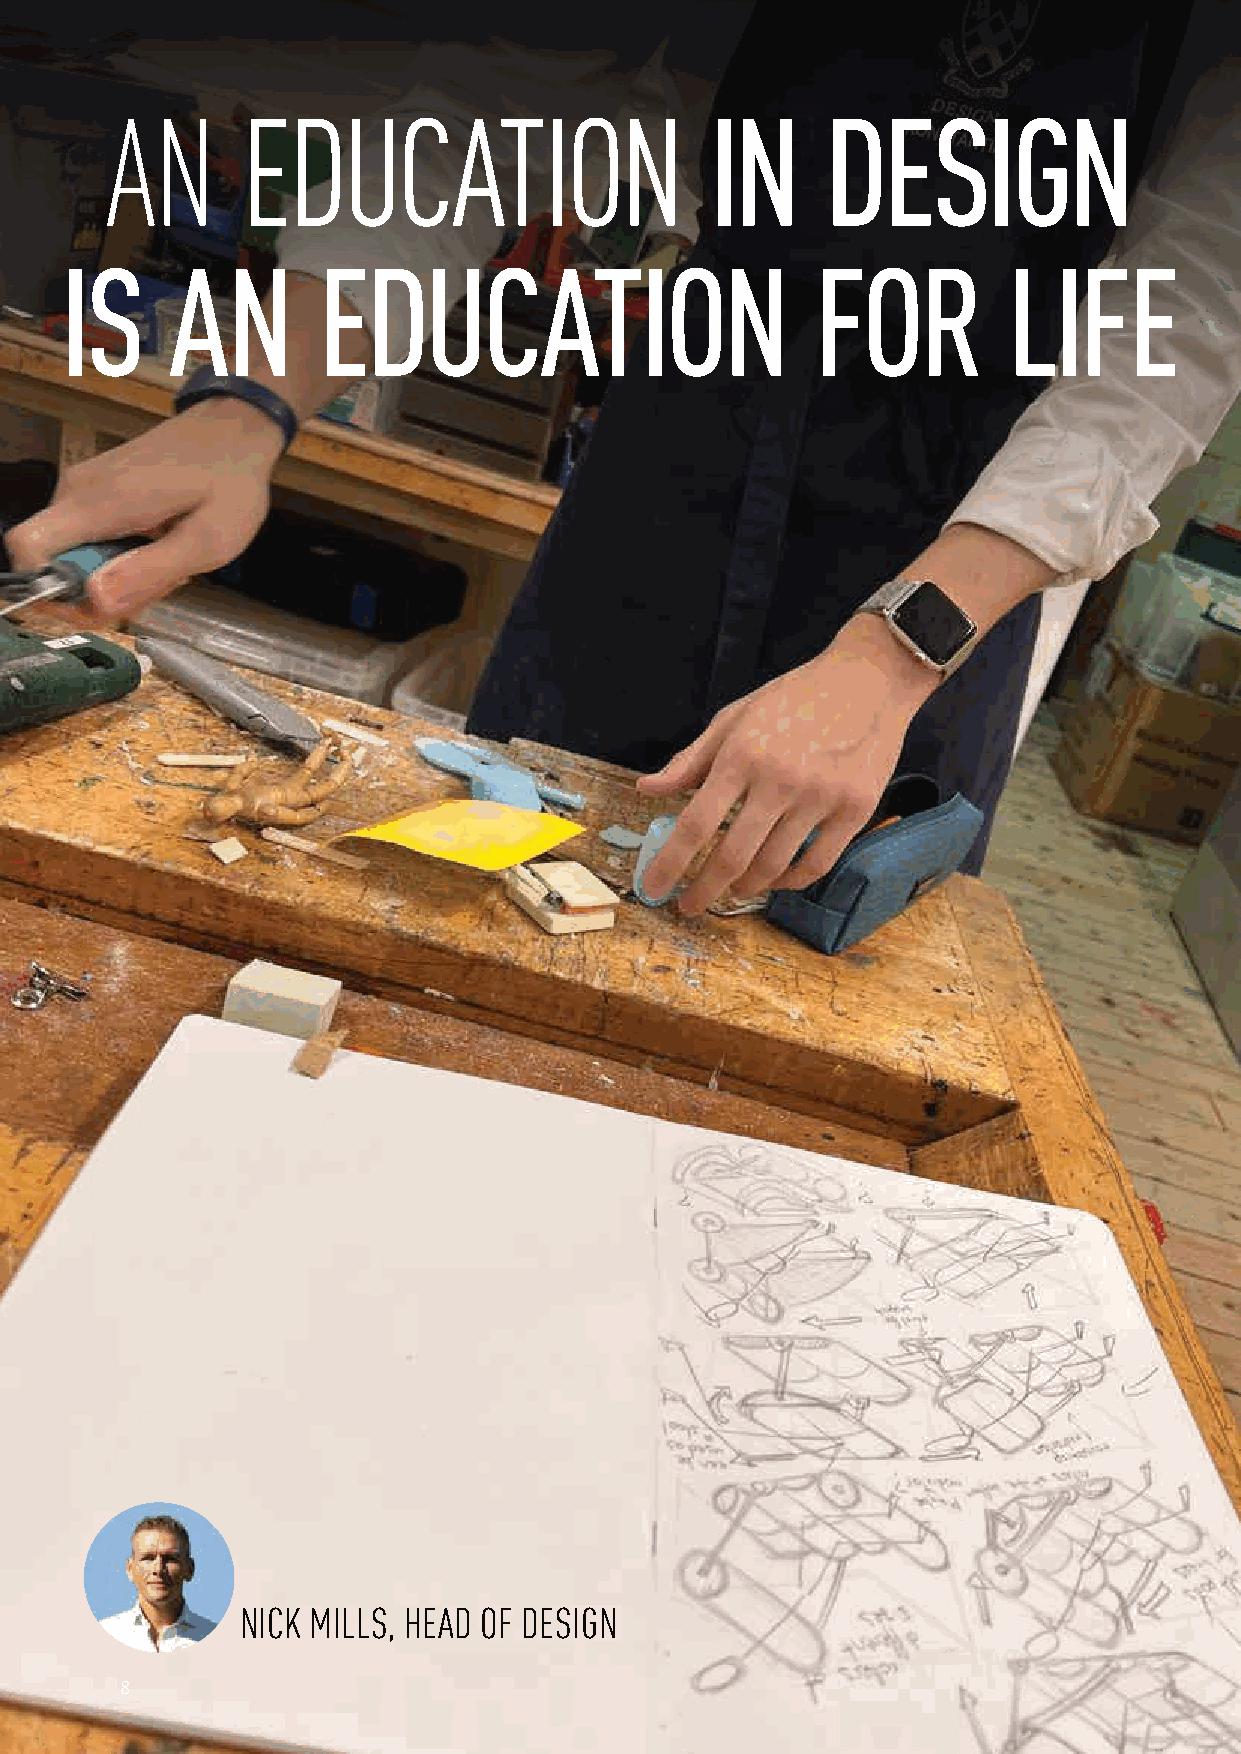
AN       EDUCATION                      IN      DESIGN
 IS     AN        EDUCATION                        FOR          LIFE
 NICK MILLS, HEAD OF DESIGN
 8